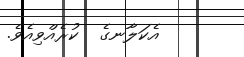
އެކަލާނގެ  ކުރެއްވިއެވެ.